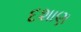
દશાણ